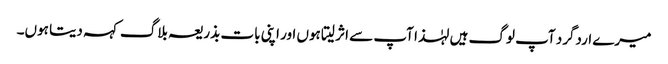
میرے اردگرد آپ لوگ ہیں لہٰذا آپ سے اثر لیتا ہوں اور اپنی بات بذریعہ بلاگ کہہ دیتا ہوں۔